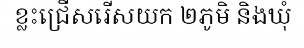
ខ្លះជ្រើសរើសយក ២ភូមិ និងឃុំ